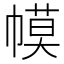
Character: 幙